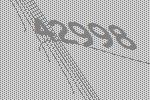
42998